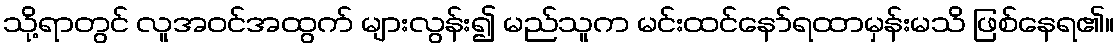
သို့ရာတွင် လူအဝင်အထွက် များလွန်း၍ မည်သူက မင်းထင်နော်ရထာမှန်းမသိ ဖြစ်နေရ၏။